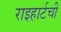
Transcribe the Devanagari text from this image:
राइहार्टची